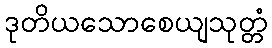
ဒုတိယသောစေယျသုတ္တံ